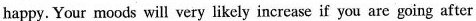
happy. Your moods will very likely increase if you arc going after